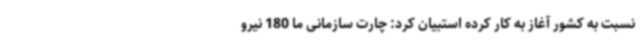
نسبت به کشور آغاز به کار کرده استبیان کرد: چارت سازمانی ما 180 نیرو